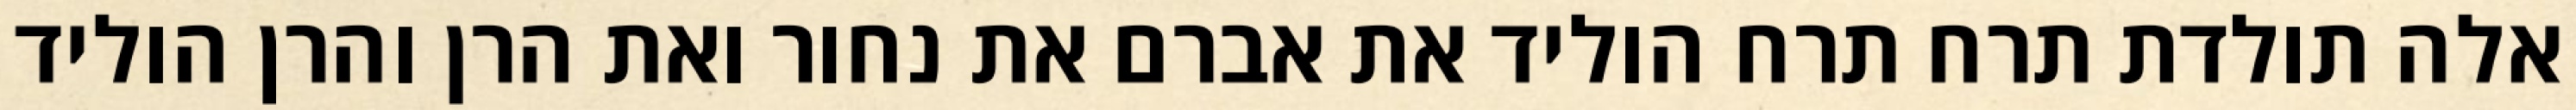
אלה תולדת תרח תרח הוליד את אברם את נחור ואת הרן והרן הוליד